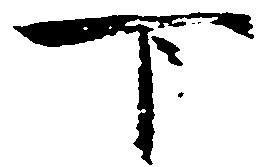
下